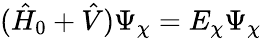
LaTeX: (\hat{H}_{0}+\hat{V})\Psi_{\chi}=E_{\chi}\Psi_{\chi}